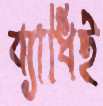
ব্যাধিই